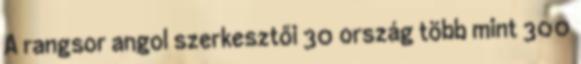
A rangsor angol szerkesztői 30 ország több mint 300